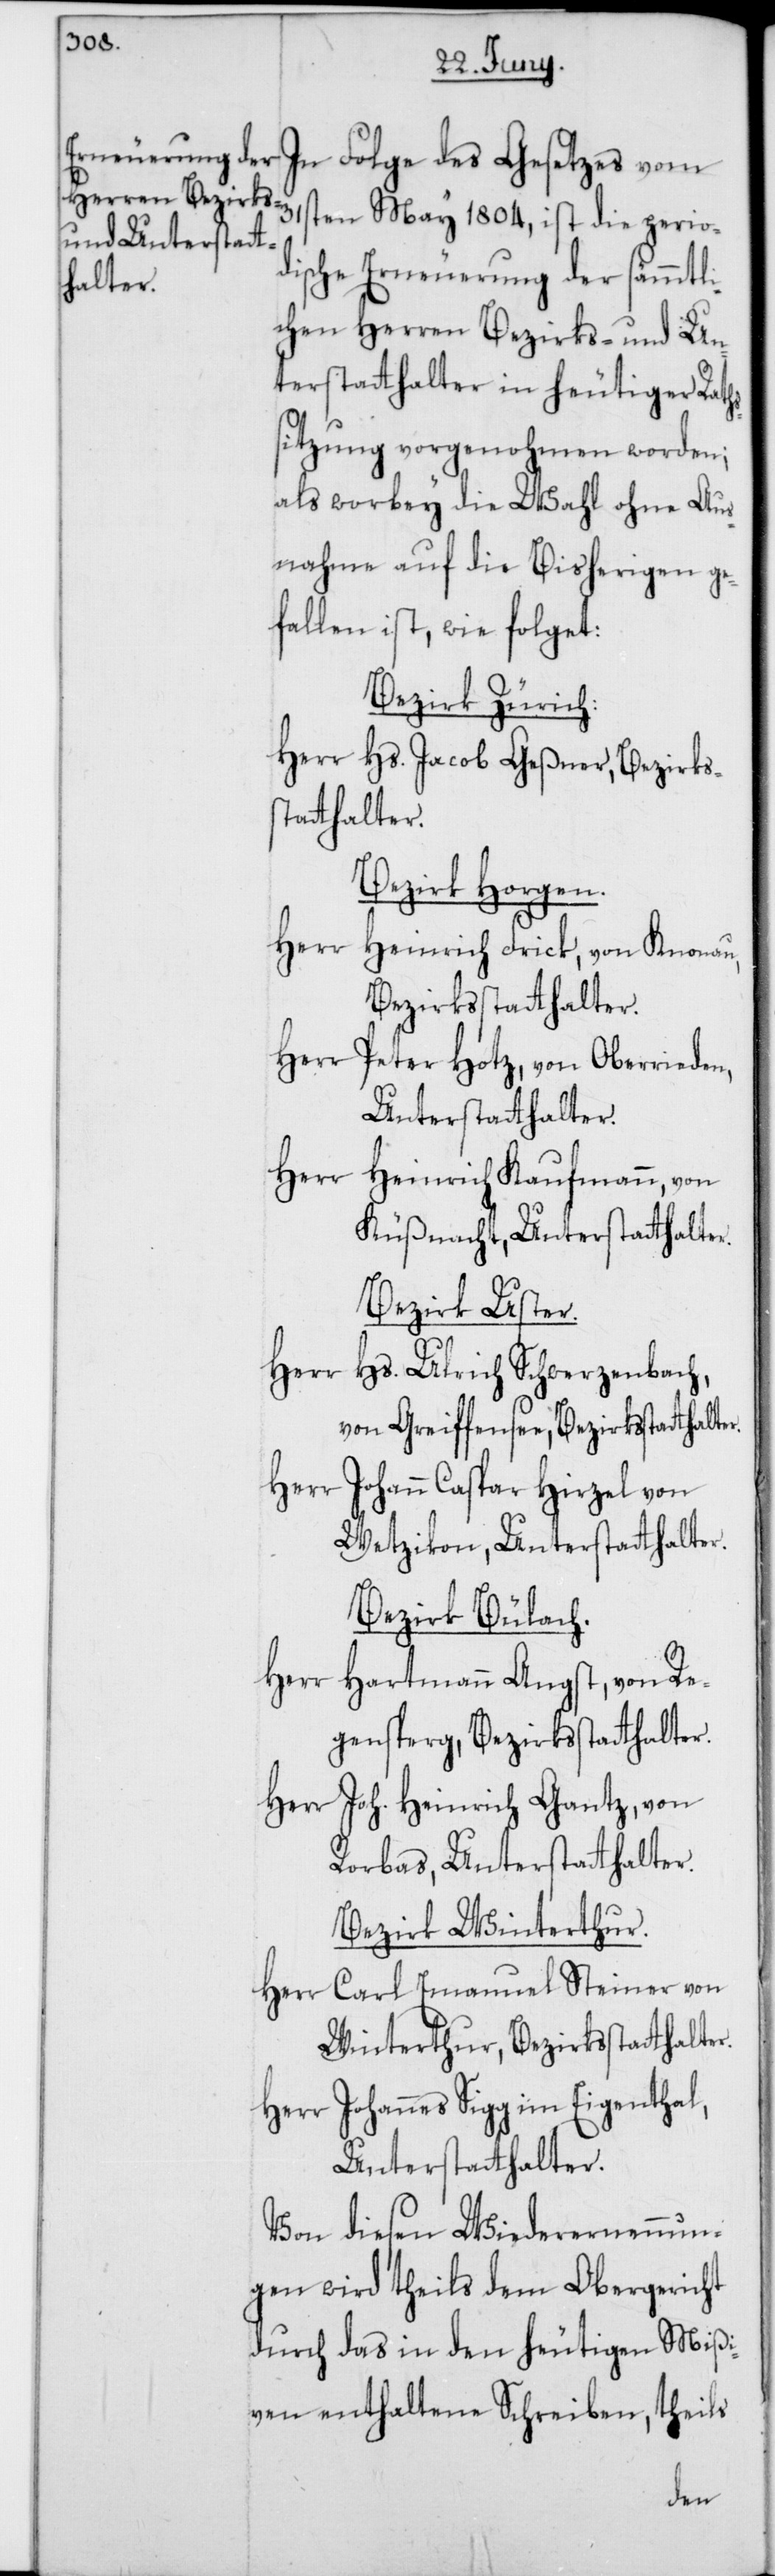
In Folge des Gesetzes vom
31sten May 1804, ist die perio¬
dische Erneuerung der sämmtli¬
chen Herren Bezirks- und Un¬
terstatthalter in heutiger Raths¬
sitzung vorgenohmen worden;
als worbey die Wahl ohne Aus¬
nahme auf die Bisherigen ge¬
fallen ist, wie folget:
Bezirk Zürich.
Herr Hs. Jacob Geßner, Bezirks¬
statthalter.
Bezirk Horgen.
Herr Heinrich Frick, von Knonau,
Bezirksstatthalter.
Herr Peter Hotz, von Oberrieden,
Unterstatthalter.
Herr Heinrich Kaufmann, von
Küsnacht, Unterstatthalter.
Bezirk Uster.
Herr
Hs. Ulrich Schwerzenbach,
Herr Johann Caspar Hirzel von
Wetzikon, Unterstatthalter.
Bezirk Bülach.
Herr Hartmann Angst, von Re¬
gensperg, Bezirksstatthalter.
Herr Joh. Heinrich Gantz, von
Rorbas, Unterstatthalter.
Bezirk Winterthur.
Herr Carl Emanuel Steiner von
Winterthur, Bezirksstatthalter.
Herr Johannes Sigg im Eigenthal,
Unterstatthalter.
Von diesen Wiederernennun¬
gen wird theils dem Obergericht
durch das in den heutigen Mißi¬
ven enthaltene Schreiben, theils